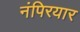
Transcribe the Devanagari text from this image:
नंपिरयार